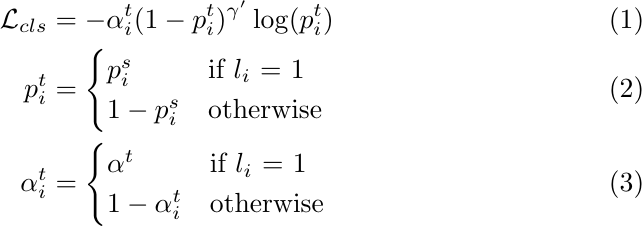
\begin{align}
    \mathcal{L}_{cls} &= -\alpha^t_i (1-p^t_i)^{\gamma^{\prime}} \log(p^t_i)\\
    p^{t}_i &=
    \begin{cases}
      p^s_i & \text{if $l_i$ = 1}\\
      1-p^s_i & \text{otherwise}\\
    \end{cases}\\
    \alpha^{t}_i &=
    \begin{cases}
      \alpha^t & \text{if $l_i$ = 1}\\
      1-\alpha^t_i & \text{otherwise}
    \end{cases}
\end{align}